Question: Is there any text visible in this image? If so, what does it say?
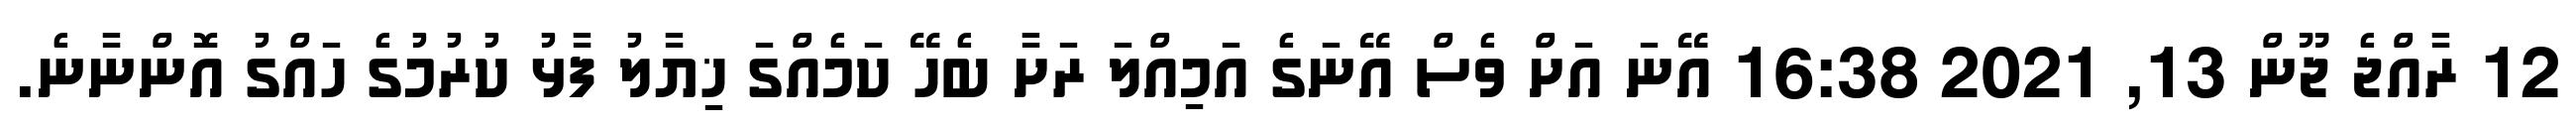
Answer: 12 ރާއްޖެ ޖޫން 13, 2021 16:38 އޭނަ އަށް ވެސް އޭނަގެ އަމިއްލަ ރަށާ ބެހޭ ކަމެއްގަ ޚިޔާލު ފާޅު ކުރުމުގެ ހައްގު އޮންނާނެ.